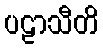
ပဠာသီတိ